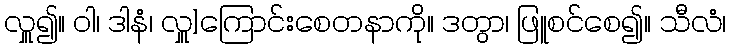
လှူ၍။ ဝါ၊ ဒါနံ၊ လှူ]ကြောင်းစေတနာကို။ ဒတွာ၊ ဖြူစင်စေ၍။ သီလံ၊